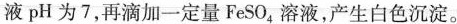
图2液pH为7，再滴加一定量FeSO_{4}，溶液，产生白色沉淀。